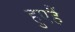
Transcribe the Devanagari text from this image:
हुएहैं